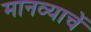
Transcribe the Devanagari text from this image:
मानव्याचें